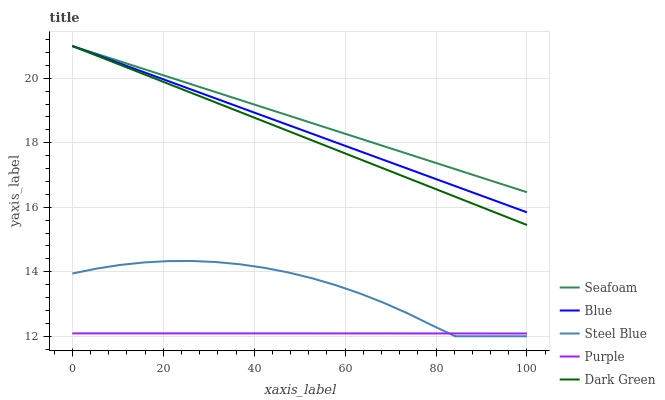
| xaxis_label | Seafoam | Blue | Steel Blue | Purple | Dark Green |
 | --- | --- | --- | --- | --- | --- |
 | 0 | 21 | 21 | 13.9 | 12.1 | 21 |
 | 5.26 | 20.8 | 20.7 | 14.1 | 12.1 | 20.7 |
 | 10.5 | 20.5 | 20.5 | 14.2 | 12.1 | 20.4 |
 | 15.8 | 20.3 | 20.2 | 14.3 | 12.1 | 20.1 |
 | 21.1 | 20 | 19.9 | 14.3 | 12.1 | 19.8 |
 | 26.3 | 19.8 | 19.6 | 14.3 | 12.1 | 19.5 |
 | 31.6 | 19.6 | 19.4 | 14.3 | 12.1 | 19.2 |
 | 36.8 | 19.3 | 19.1 | 14.2 | 12.1 | 19 |
 | 42.1 | 19.1 | 18.8 | 14.1 | 12.1 | 18.7 |
 | 47.4 | 18.9 | 18.6 | 14 | 12.1 | 18.4 |
 | 52.6 | 18.6 | 18.3 | 13.8 | 12.1 | 18.1 |
 | 57.9 | 18.4 | 18 | 13.6 | 12.1 | 17.8 |
 | 63.2 | 18.1 | 17.7 | 13.3 | 12.1 | 17.5 |
 | 68.4 | 17.9 | 17.5 | 13 | 12.1 | 17.2 |
 | 73.7 | 17.7 | 17.2 | 12.7 | 12.1 | 16.9 |
 | 78.9 | 17.4 | 16.9 | 12.4 | 12.1 | 16.6 |
 | 84.2 | 17.2 | 16.7 | 12 | 12.1 | 16.3 |
 | 89.5 | 16.9 | 16.4 | 12 | 12.1 | 16 |
 | 94.7 | 16.7 | 16.1 | 12 | 12.1 | 15.7 |
 | 100 | 16.5 | 15.8 | 12 | 12.1 | 15.5 |